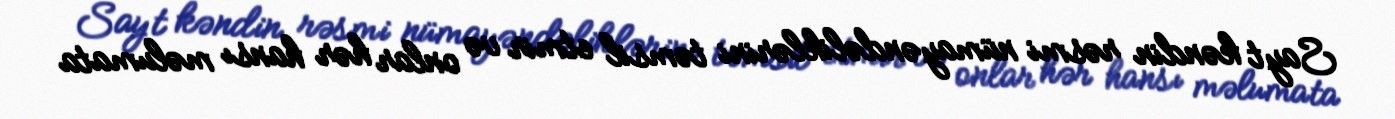
Sayt kəndin rəsmi nümayəndəliklərini təmsil etmir və onlar hər hansı məlumata